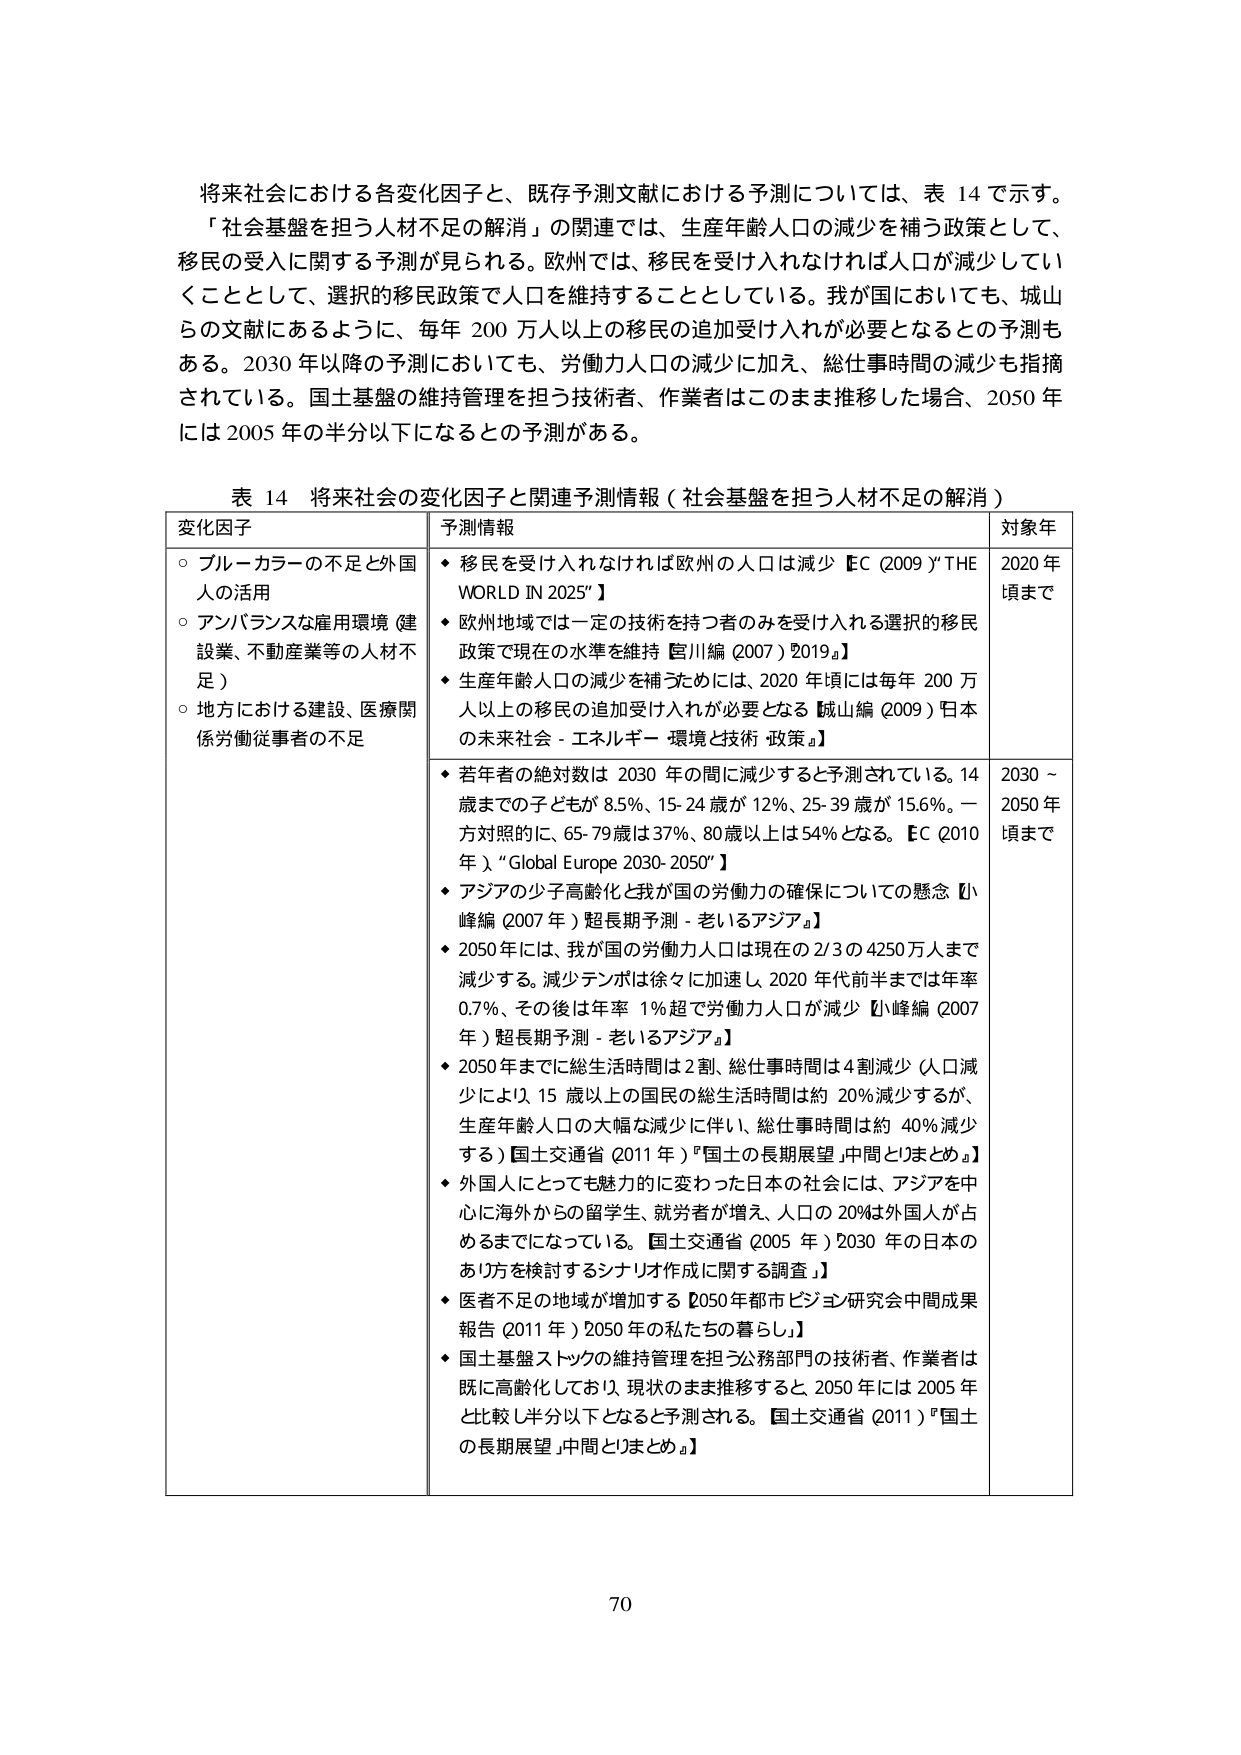
将来社会における各変化因子と、既存予測文献における予測については、表 14 で示す。
「社会基盤を担う人材不足の解消」の関連では、生産年齢人口の減少を補う政策として、
移民の受入に関する予測が見られる。欧州では、移民を受け入れなければ人口が減少してい
くこととして、選択的移民政策で人口を維持することとしている。我が国においても、城山
らの文献にあるように、毎年 200 万人以上の移民の追加受け入れが必要となるとの予測も
ある。2030 年以降の予測においても、労働力人口の減少に加え、総仕事時間の減少も指摘
されている。国土基盤の維持管理を担う技術者、作業者はこのまま推移した場合、2050 年
には 2005 年の半分以下になると予測がある。

表 14 将来社会の変化因子と関連予測情報（社会基盤を担う人材不足の解消）
変化因子 予測情報 対象年
○ ブルーカラーの不足と外国人の活用
○ アンバランスな雇用環境（建設業、不動産業等の人材不足）
○ 地方における建設、医療関係労働従事者の不足
◆ 移民を受け入れなければ欧州の人口は減少【EC（2009）"THE WORLD IN 2025"】
◆ 欧州地域では一定の技術を持つ者のみを受け入れる選択的移民政策で現在の水準を維持【宮川編（2007）2019a】
◆ 生産年齢人口の減少を補うためには、2020 年頃には毎年 200 万人以上の移民の追加受け入れが必要となる【城山編（2009）日本 の未来社会－エネルギー・環境と技術・政策』】
2020 年頃まで
◆ 若年者の絶対数は 2030 年の間に減少すると予測されている。14 歳までの子どもが 8.5%、15-24 歳が 12%、25-39 歳が 15.6%。一方対照的に、65-79 歳は 37%、80 歳以上は 54%となる。【EC（2010 年）"Global Europe 2030-2050"】
◆ アジアの少子高齢化と我が国の労働力の確保についての懸念【小峰編（2007 年）超長期予測－老いるアジア』】
◆ 2050 年には、我が国の労働力人口は現在の 2/3 の 4250 万人まで減少する。減少テンポは徐々に加速し、2020 年代前半までは年率 0.7%、その後は年率 1%超で労働力人口が減少【小峰編（2007 年）超長期予測－老いるアジア』】
◆ 2050 年までに総生活時間は 2 割減少、総仕事時間は 4 割減少（人口減少により、15 歳以上の国民の総生活時間は約 20%減少するが、生産年齢人口の大幅な減少に伴い、総仕事時間は約 40%減少する）【国土交通省（2011 年）『国土の長期展望』中間とりまとめ』】
◆ 外国人にとっても魅力的に変わった日本の社会には、アジアを中心に海外からの留学生、就労者が増え、人口の 20%は外国人が占めるまでになっている。【国土交通省（2005 年）2030 年の日本のあり方を検討するシナリオ作成に関する調査』】
◆ 医者不足の地域が増加する【2050 年都市ビジョン研究会中間成果報告（2011 年）2050 年の私たちの暮らし』】
◆ 国土基盤ストックの維持管理を担う公務部門の技術者、作業者は既に高齢化しており、現状のまま推移すると、2050 年には 2005 年と比較し半分以下になると予測される。【国土交通省（2011）『国土の長期展望』中間とりまとめ』】
2030～2050 年頃まで

70